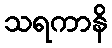
သရကာနိ